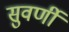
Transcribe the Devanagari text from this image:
सुवर्णी